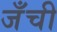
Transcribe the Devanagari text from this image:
जँची